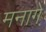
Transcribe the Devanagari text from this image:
मनागे